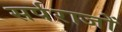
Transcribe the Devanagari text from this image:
सर्पराजों